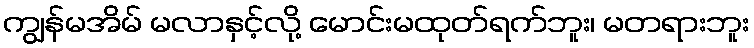
ကျွန်မအိမ် မလာနှင့်လို့ မောင်းမထုတ်ရက်ဘူး၊ မတရားဘူး